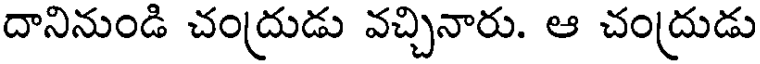
దానినుండి చంద్రుడు వచ్చినారు. ఆ చంద్రుడు